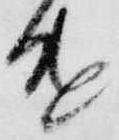
遣